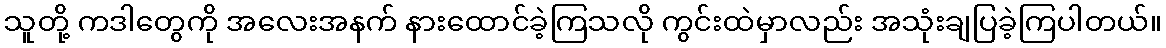
သူတို့ ကဒါတွေကို အလေးအနက် နားထောင်ခဲ့ကြသလို ကွင်းထဲမှာလည်း အသုံးချပြခဲ့ကြပါတယ်။